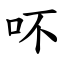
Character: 吥